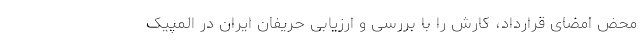
محض امضای قرارداد، کارش را با بررسی و ارزیابی حریفان ایران در المپیک